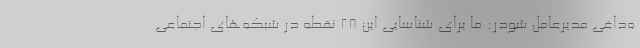
ه‌داغی مدیرعامل شودر: ما برای شناسایی این ۲۸ نقطه در شبکه‌های اجتماعی